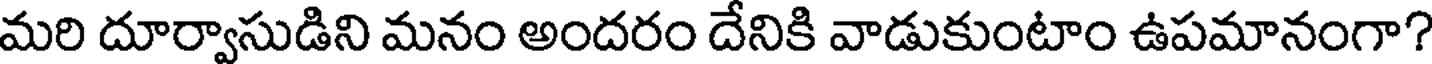
మరి దూర్వాసుడిని మనం అందరం దేనికి వాడుకుంటాం ఉపమానంగా?